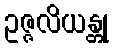
ဥဇ္ဇလိယန္တု